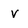
Character: V